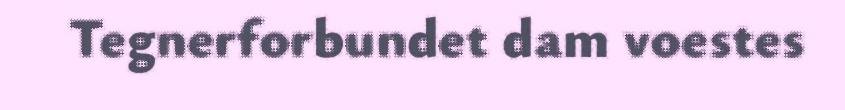
Tegnerforbundet dam voestes